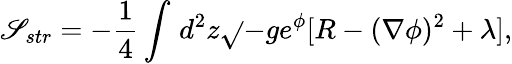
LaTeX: \mathscr{S}_{str}=-{\frac{{1}}{{4}}}\int_{}^{}d^{2}z\sqrt{}{{-g}}e^{\phi}[R-(\nabla\phi)^{2}+\lambda],